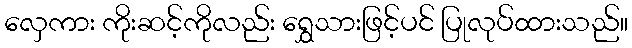
လှေကား ကိုးဆင့်ကိုလည်း ရွှေသားဖြင့်ပင် ပြုလုပ်ထားသည်။